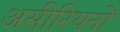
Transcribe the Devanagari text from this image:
असीरियनों